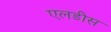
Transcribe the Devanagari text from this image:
एलडीस